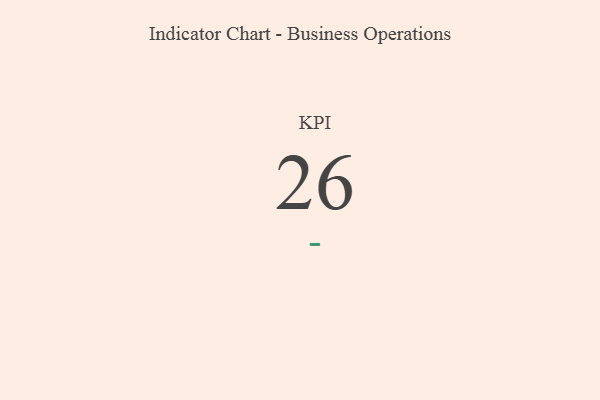
{"axis": {"x": "KPI", "y": "Value"}, "legend": [""], "data": [{"x": "KPI", "y": 26, "type": ""}]}